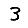
Digit: 3